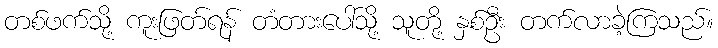
တစ်ဖက်သို့ ကူးဖြတ်ရန် တံတားပေါ်သို့ သူတို့ နှစ်ဦး တက်လာခဲ့ကြသည်။